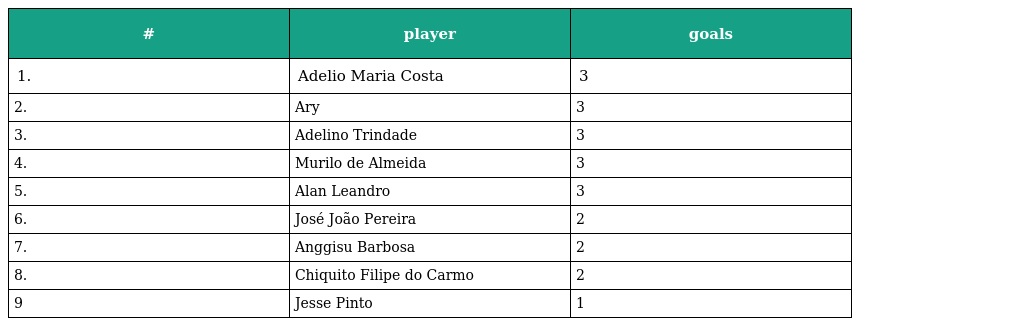
| # | player | goals |
 | --- | --- | --- |
 | 1. | Adelio Maria Costa | 3 |
 | 2. | Ary | 3 |
 | 3. | Adelino Trindade | 3 |
 | 4. | Murilo de Almeida | 3 |
 | 5. | Alan Leandro | 3 |
 | 6. | José João Pereira | 2 |
 | 7. | Anggisu Barbosa | 2 |
 | 8. | Chiquito Filipe do Carmo | 2 |
 | 9 | Jesse Pinto | 1 |